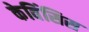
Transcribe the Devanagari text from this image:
केविंसिस